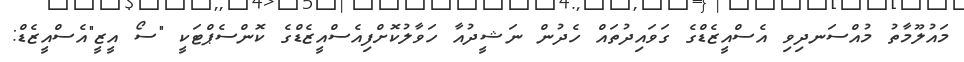
މައުލޫމާތު މުއްސަނދިވި އެސްއީޒެޑްގެ ގަވައިދުތައް ހެދުން ނަޝީދުއާ ހަވާލުކޮށްފިއެސްއީޒެޑްގެ ކޮންސެޕްޓަކީ "ސޯ އީޒީ"އެސްއީޒެޑް: